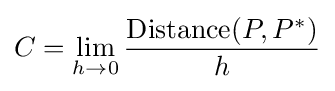
C=\lim _{h\to 0}{\frac {{\text{Distance}}(P,P^{*})}{h}}